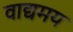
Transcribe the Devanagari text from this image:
वाद्यमय